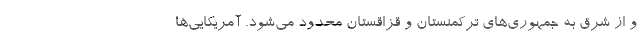
و از شرق به جمهوری‌های ترکمنستان و قزاقستان محدود می‌شود. آمریکایی‌ها